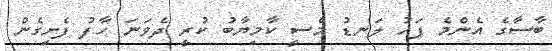
ބާސާގެ އެންމެ ފަހު ލަނޑު މެސީ ކާމިޔާބު ކުރީ ދެވަނަ ހާފު ފެށިގެން